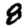
Digit: 8